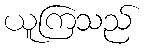
ယူကြသည်